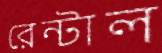
রেন্টাল